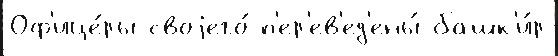
Оф'ице́ры своjего́ п'ер'ев'ед'ены́ башк'и́р